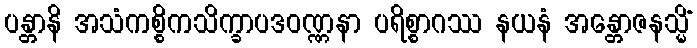
ပန္တာနိ အသံကစ္စိကသိက္ခာပဒဝဏ္ဏနာ ပရိစ္စာဂဿ နယနံ အန္တောဇနသ္မိံ